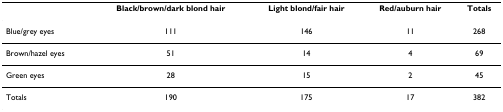
<table><thead><tr><td></td><td><b>Black/brown/dark blond hair</b></td><td><b>Light blond/fair hair</b></td><td><b>Red/auburn hair</b></td><td><b>Totals</b></td></tr></thead><tbody><tr><td>Blue/grey eyes</td><td>111</td><td>146</td><td>11</td><td>268</td></tr><tr><td>Brown/hazel eyes</td><td>51</td><td>14</td><td>4</td><td>69</td></tr><tr><td>Green eyes</td><td>28</td><td>15</td><td>2</td><td>45</td></tr><tr><td>Totals</td><td>190</td><td>175</td><td>17</td><td>382</td></tr></tbody></table>